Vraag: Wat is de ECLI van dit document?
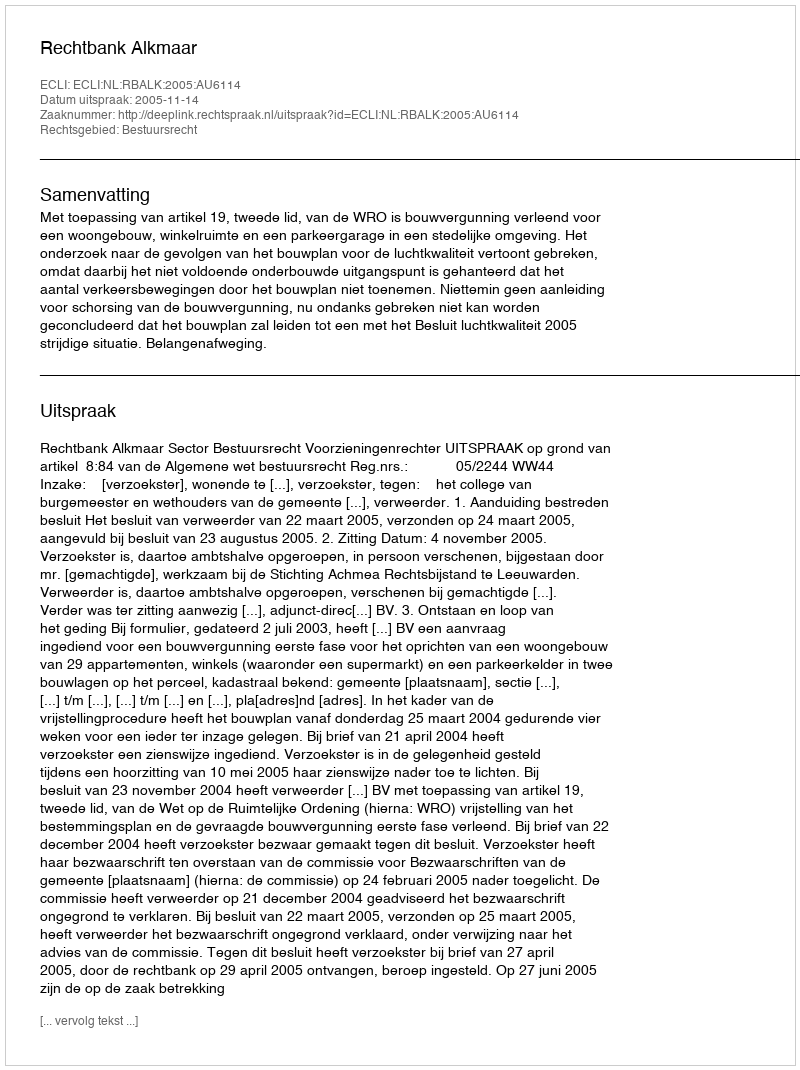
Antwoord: ECLI:NL:RBALK:2005:AU6114